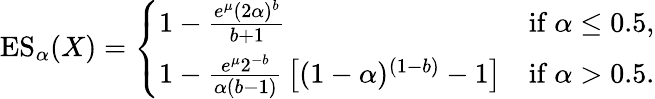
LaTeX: \operatorname{ES}_{\alpha}(X)={\left\{ \begin{array}{ll}{1-{\frac{e^{\mu}(2\alpha)^{b}}{b+1}}}&{{\mathrm{if~}}\alpha\leq 0.5,}\\ {1-{\frac{e^{\mu}2^{-b}}{\alpha(b-1)}}\left[(1-\alpha)^{(1-b)}-1\right]}&{{\mathrm{if~}}\alpha>0.5.}\end{array}\right.}